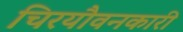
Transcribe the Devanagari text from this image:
चिरयौवनकारी